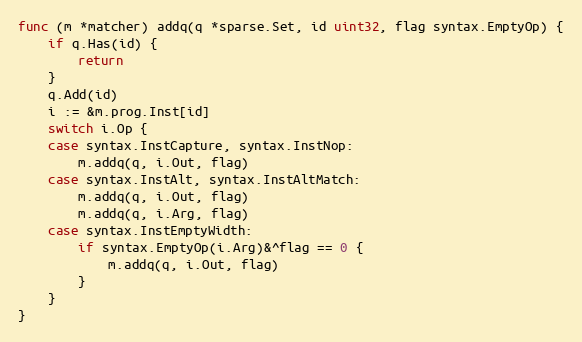
Language: Go
func (m *matcher) addq(q *sparse.Set, id uint32, flag syntax.EmptyOp) {
	if q.Has(id) {
		return
	}
	q.Add(id)
	i := &m.prog.Inst[id]
	switch i.Op {
	case syntax.InstCapture, syntax.InstNop:
		m.addq(q, i.Out, flag)
	case syntax.InstAlt, syntax.InstAltMatch:
		m.addq(q, i.Out, flag)
		m.addq(q, i.Arg, flag)
	case syntax.InstEmptyWidth:
		if syntax.EmptyOp(i.Arg)&^flag == 0 {
			m.addq(q, i.Out, flag)
		}
	}
}